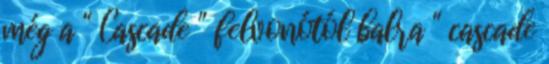
még a " Cascade " felvonótól balra " cascade